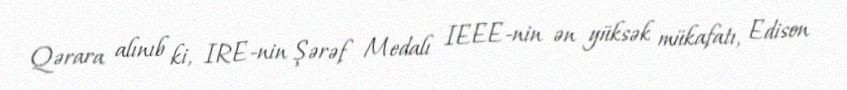
Qərara alınıb ki, IRE-nin Şərəf Medalı IEEE-nin ən yüksək mükafatı, Edison